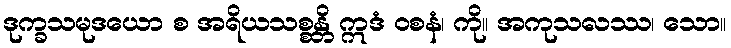
ဒုက္ခသမုဒယော စ အရိယသစ္စန္တိ ဣဒံ ဝစနံ၊ ကို။ အကုသလဿ၊ သော။